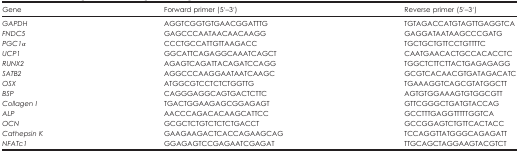
| Gene | Forward primer (5′–3′) | Reverse primer (5′–3′) |
 | --- | --- | --- |
 | GAPDH | AGGTCGGTGTGAACGGATTTG | TGTAGACCATGTAGTTGAGGTCA |
 | FNDC5 | GAGCCCAATAACAACAAGG | GAGGATAATAAGCCCGATG |
 | PGC1α | CCCTGCCATTGTTAAGACC | TGCTGCTGTTCCTGTTTTC |
 | UCP1 | GGCATTCAGAGGCAAATCAGCT | CAATGAACACTGCCACACCTC |
 | RUNX2 | AGAGTCAGATTACAGATCCAGG | TGGCTCTTCTTACTGAGAGAGG |
 | SATB2 | AGGCCCAAGGAATAATCAAGC | GCGTCACAACGTGATAGACATC |
 | OSX | ATGGCGTCCTCTCTGGTTG | TGAAAGGTCAGCGTATGGCTT |
 | BSP | CAGGGAGGCAGTGACTCTTC | AGTGTGGAAAGTGTGGCGTT |
 | Collagen I | TGACTGGAAGAGCGGAGAGT | GTTCGGGCTGATGTACCAG |
 | ALP | AACCCAGACACAAGCATTCC | GCCTTTGAGGTTTTTGGTCA |
 | OCN | GCGCTCTGTCTCTCTGACCT | GCCGGAGTCTGTTCACTACC |
 | Cathepsin K | GAAGAAGACTCACCAGAAGCAG | TCCAGGTTATGGGCAGAGATT |
 | NFATc1 | GGAGAGTCCGAGAATCGAGAT | TTGCAGCTAGGAAGTACGTCT |